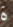
ة